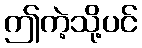
ဤကဲ့သို့ပင်